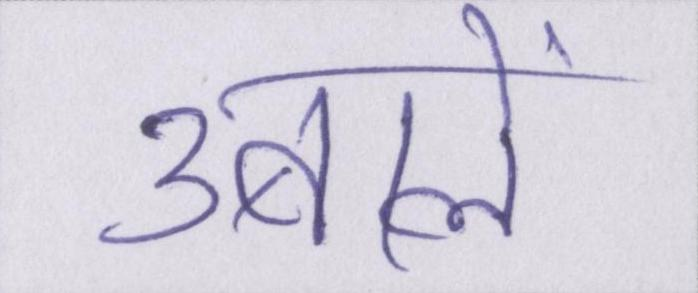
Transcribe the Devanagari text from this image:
उबालें